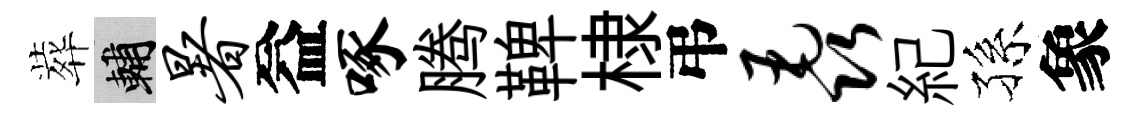
葬輔暑益啄腾鞞棣弔毳紀孫象